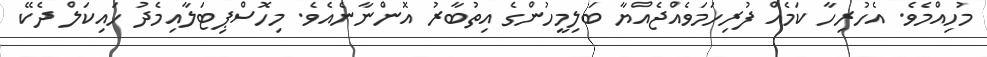
މުހިއްމެވެ. އެހުރިހާ ކަމެއް ފުރިހަމަވެއްޖެއްޔާ ބަލިމީހުންގެ އިތުބާރު އޮންނާނެއެވެ. މިހޮސްޕިޓަލާއިމެދު ހައިކަލް ދެކޭ